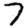
Digit: 7